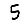
Digit: 5